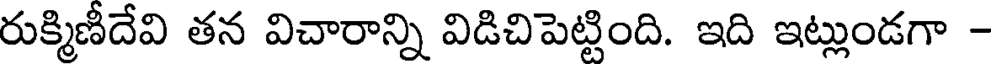
రుక్మిణీదేవి తన విచారాన్ని విడిచిపెట్టింది. ఇది ఇట్లుండగా -